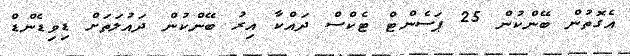
އެގޮތުން ބޭންކުން 25 ޕަސެންޓް ޓެކްސް ދައްކާ އިރު ބޭންކުން ދައުލަތަށް ޑިވިޑެންޑް